Report on sanitation, dispensaries, and jails in Rajputana for 1916, and on vaccination for the year 1916-1917 - 1916-1917
Year: 1916
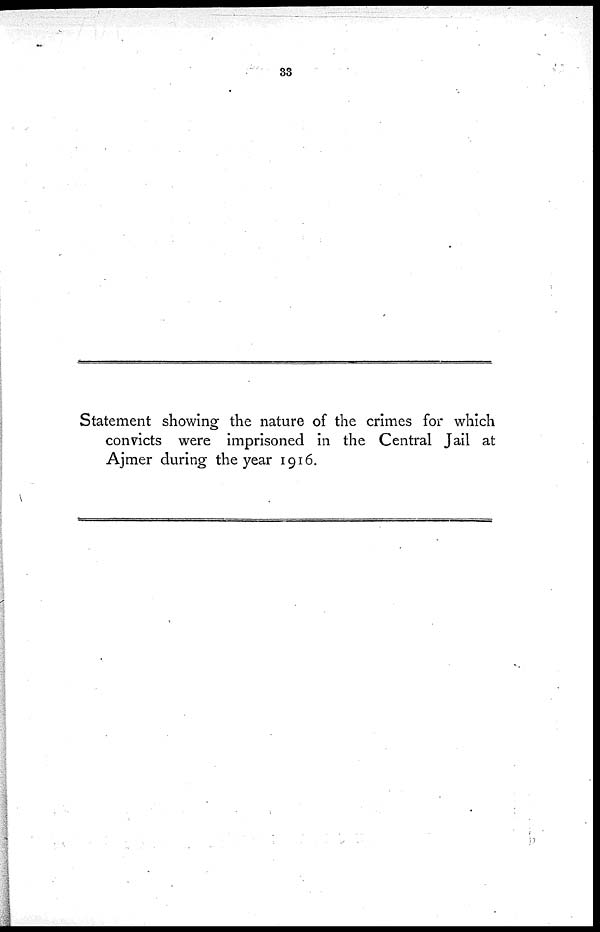
33
Statement showing the nature of the crimes for which
convicts were imprisoned in the Central Jail at
Ajmer during the year 1916.